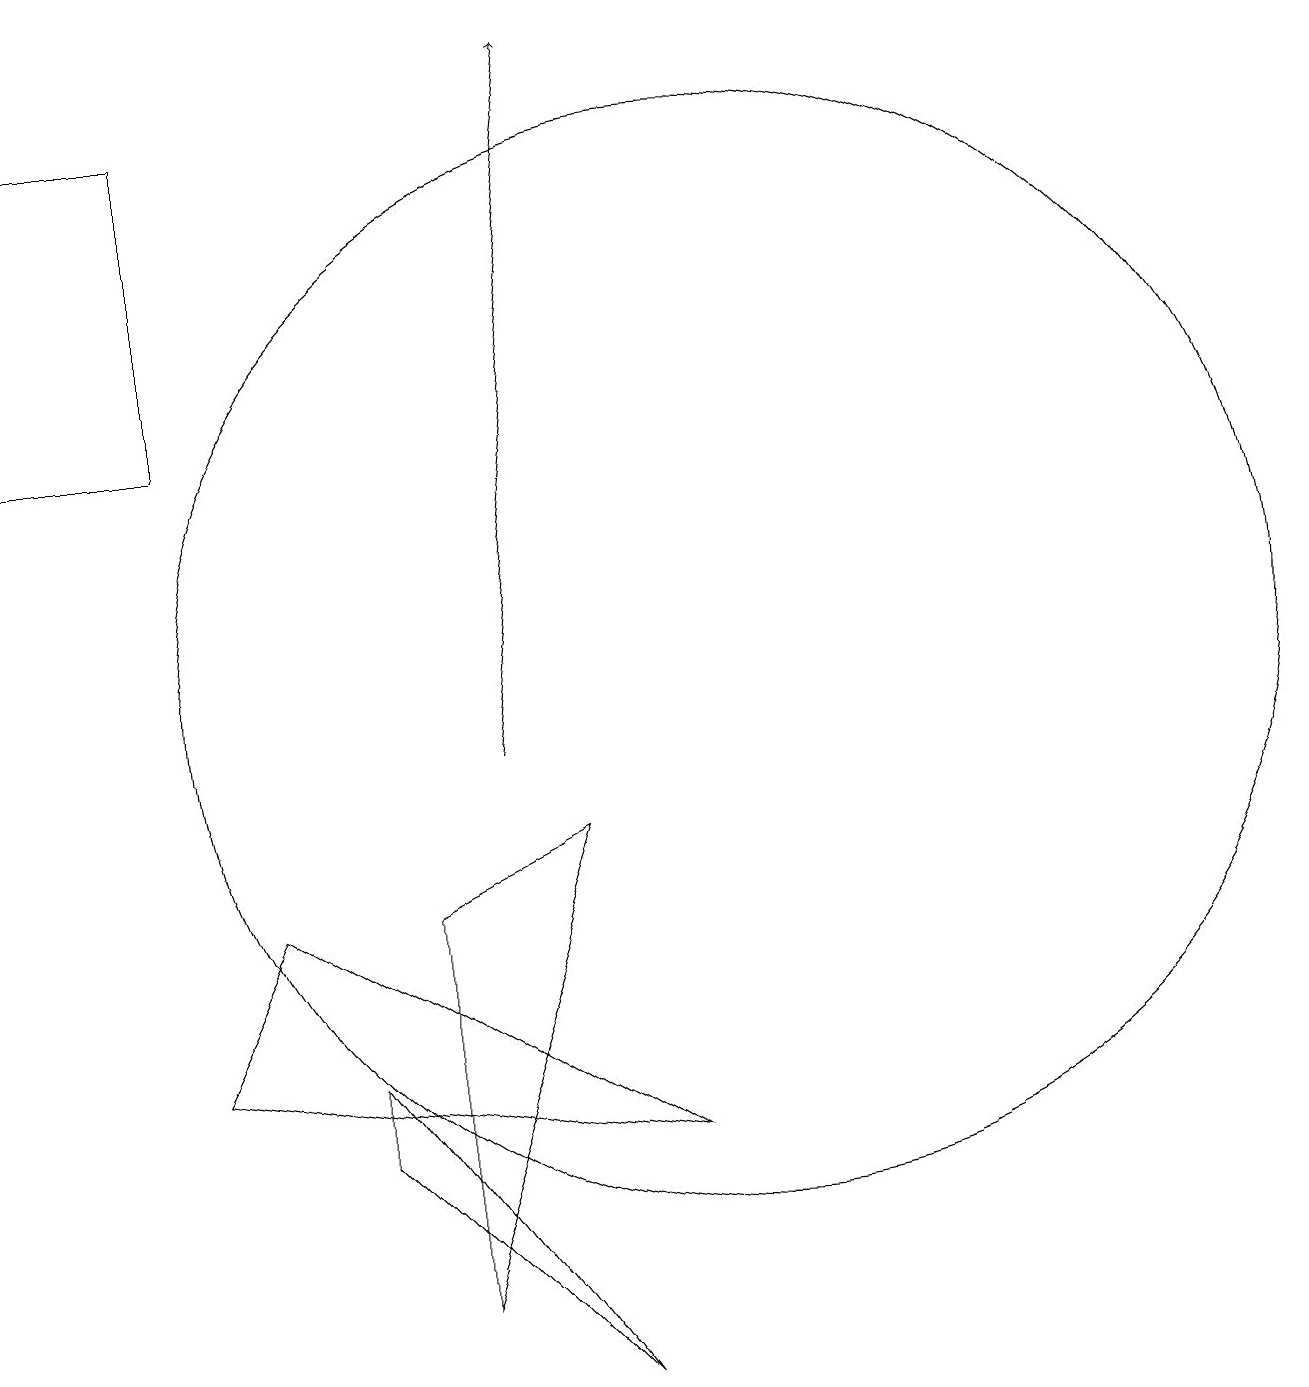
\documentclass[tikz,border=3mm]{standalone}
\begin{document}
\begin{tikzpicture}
\draw (10,11) circle (7);
\draw (9,5) -- (4,8) -- (3,6) -- cycle;
\draw (8,2) -- (5,6) -- (5,5) -- cycle;
\draw[->] (7,10) -- (8,19);
\draw (3,14) rectangle (1,18);
\draw (6,8) -- (6,3) -- (8,9) -- cycle;
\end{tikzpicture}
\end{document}